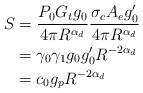
LaTeX: \begin{align*}S &=\frac{P_0 G_t g_0}{4 \pi R^{\alpha_d}} \frac{\sigma_c A_e g_0^{\prime}}{4 \pi R^{\alpha_d}} \\ & = \gamma_0 \gamma_1 g_0 g_0^{\prime} R^{-2 \alpha_d} \\ &= c_0 g_p R^{-2 \alpha_d} \end{align*}